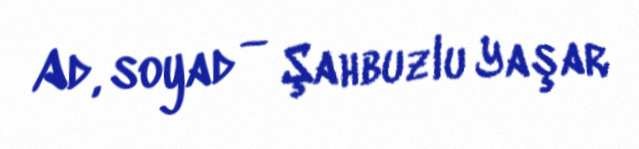
Ad, soyad — Şahbuzlu Yaşar